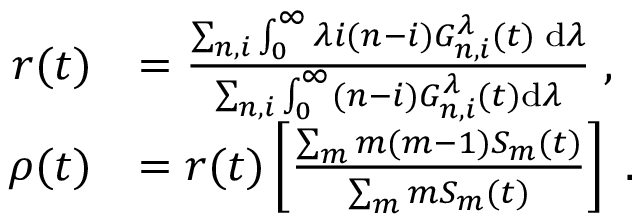
\begin{array} { r l } { r ( t ) } & { = \frac { \sum _ { n , i } \int _ { 0 } ^ { \infty } \lambda i ( n - i ) G _ { n , i } ^ { \lambda } ( t ) \; \mathrm { d } \lambda } { \sum _ { n , i } \int _ { 0 } ^ { \infty } ( n - i ) G _ { n , i } ^ { \lambda } ( t ) \mathrm { d } \lambda } \; , } \\ { \rho ( t ) } & { = r ( t ) \left[ \frac { \sum _ { m } m ( m - 1 ) S _ { m } ( t ) } { \sum _ { m } m S _ { m } ( t ) } \right] \; . } \end{array}